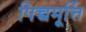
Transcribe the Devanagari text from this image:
पिच्चमूर्त्ति